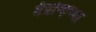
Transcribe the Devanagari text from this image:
मँग्रोव्हच्या